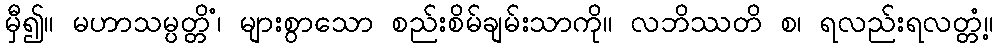
မှီ၍။ မဟာသမ္ပတ္တိံ၊ များစွာသော စည်းစိမ်ချမ်းသာကို။ လဘိဿတိ စ၊ ရလည်းရလတ္တံ့။